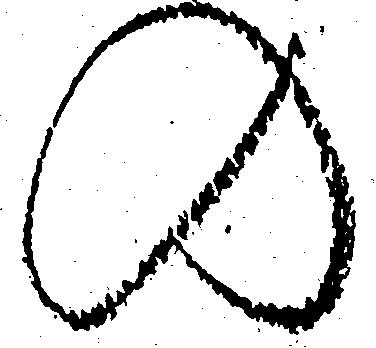
の